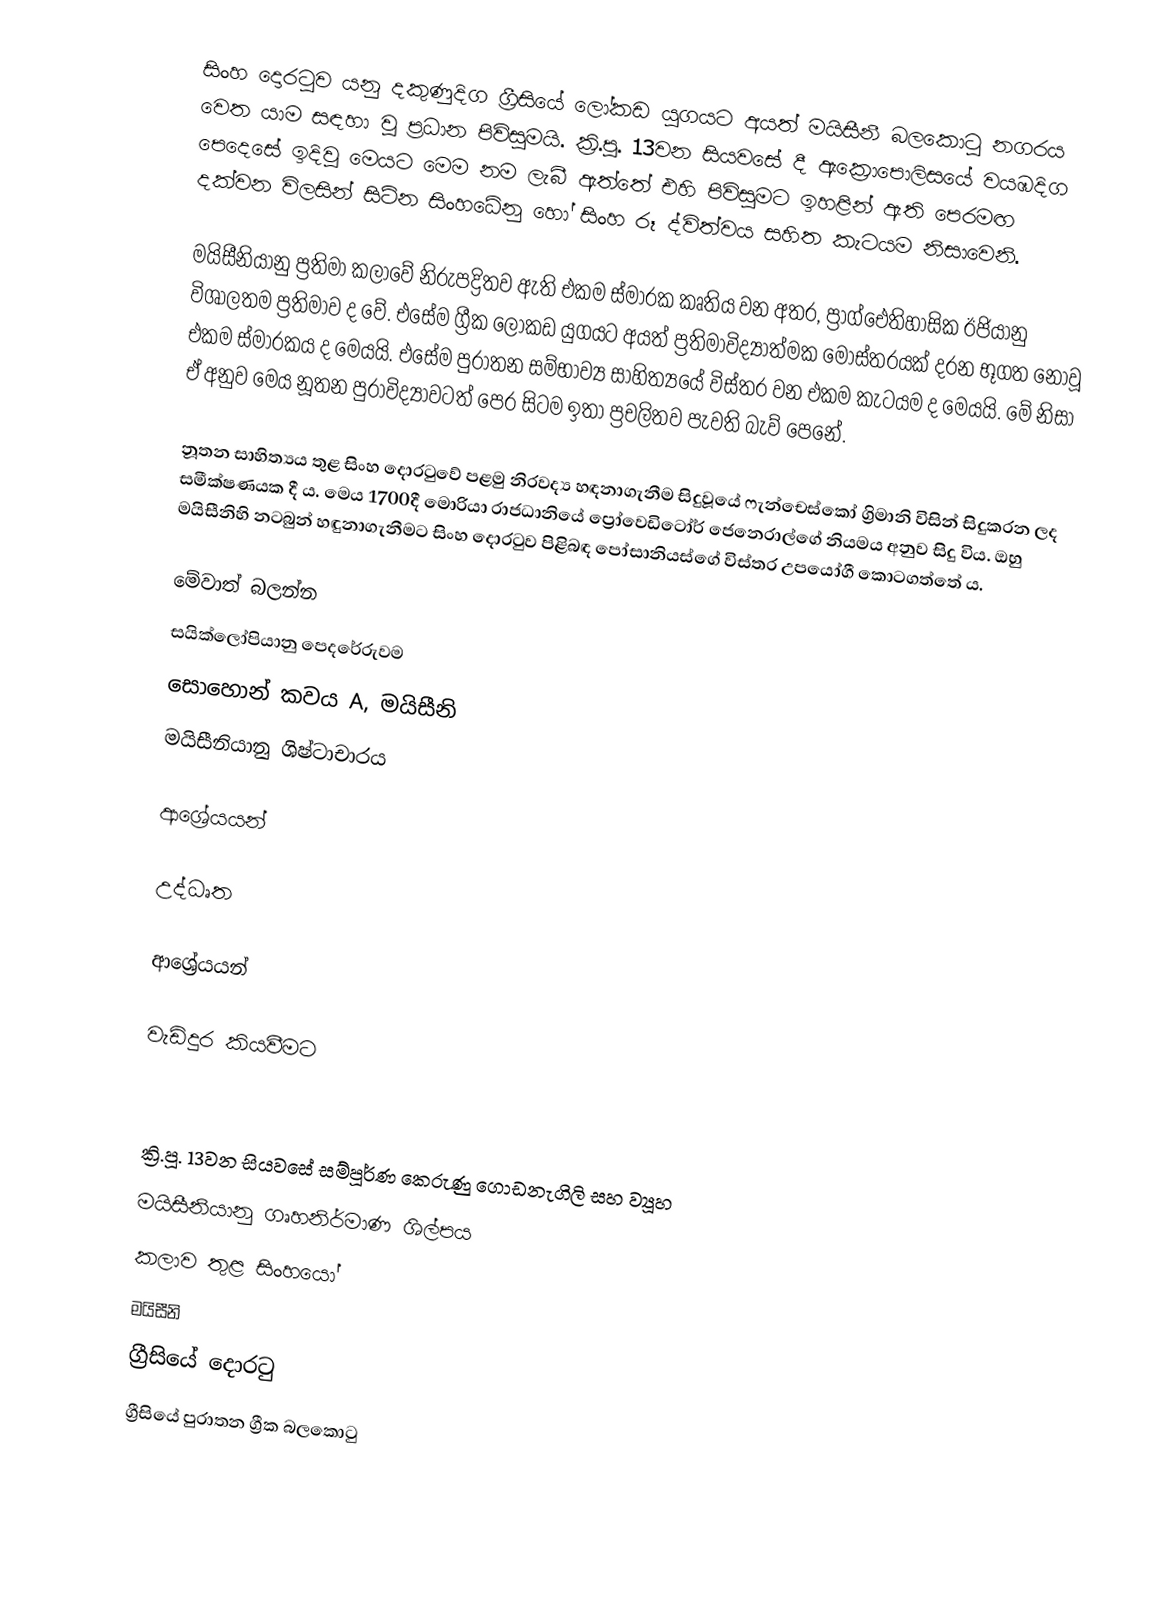
සිංහ දොරටුව යනු දකුණුදිග ග්‍රීසියේ ලෝකඩ යුගයට අයත් මයිසීනී බලකොටු නගරය වෙත යාම සඳහා වූ ප්‍රධාන පිවිසුමයි. ක්‍රි.පූ. 13වන සියවසේ දී ඇක්‍රොපොලිසයේ වයඹදිග පෙදෙසේ ඉදිවූ මෙයට මෙම නම ලැබී ඇත්තේ එහි පිවිසුමට ඉහළින් ඇති පෙරමඟ දක්වන විලසින් සිටින සිංහධේනු හෝ සිංහ රූ ද්විත්වය සහිත කැටයම නිසාවෙනි.

මයිසීනියානු ප්‍රතිමා කලාවේ නිරුපද්‍රිතව ඇති එකම ස්මාරක කෘතිය වන අතර, ප්‍රාග්ඓතිහාසික ඊජියානු විශාලතම ප්‍රතිමාව ද වේ. එසේම ග්‍රීක ලෝකඩ යුගයට අයත් ප්‍රතිමාවිද්‍යාත්මක මෝස්තරයක් දරන භූගත නොවූ එකම ස්මාරකය ද මෙයයි. එසේම පුරාතන සම්භාව්‍ය සාහිත්‍යයේ විස්තර වන එකම කැටයම ද මෙයයි. මේ නිසා ඒ අනුව මෙය නූතන පුරාවිද්‍යාවටත් පෙර සිටම ඉතා ප්‍රචලිතව පැවති බැව් පෙනේ.

නූතන සාහිත්‍යය තුළ සිංහ දොරටුවේ පළමු නිරවද්‍ය හඳනාගැනීම සිදුවූයේ ෆැන්චෙස්කෝ ග්‍රිමානි විසින් සිදුකරන ලද සමීක්ෂණයක දී ය. මෙය 1700දී මොරියා රාජධානියේ ප්‍රෝවෙඩිටෝර් ජෙනෙරාල්ගේ නියමය අනුව සිදු විය. ඔහු මයිසීනිහි නටබුන් හඳුනාගැනීමට සිංහ දොරටුව පිළිබඳ පෝසානියස්ගේ විස්තර උපයෝගී කොටගත්තේ ය.

මේවාත් බලන්න
සයික්ලෝපියානු පෙදරේරුවම
සොහොන් කවය A, මයිසීනි
මයිසීනියානු ශිෂ්ටාචාරය

ආශ්‍රේයයන්

උද්ධෘත

ආශ්‍රේයයන්

වැඩිදුර කියවීමට

ක්‍රි.පූ. 13වන සියවසේ සම්පූර්ණ කෙරුණු ගොඩනැගිලි සහ ව්‍යූහ
මයිසීනියානු ගෘහනිර්මාණ ශිල්පය
කලාව තුළ සිංහයෝ
මයිසීනි
ග්‍රීසියේ දොරටු
ග්‍රීසියේ පුරාතන ග්‍රීක බලකොටු